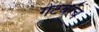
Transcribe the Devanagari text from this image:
गेटवरच